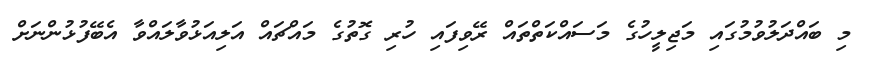
މި ބައްދަލުވުމުގައި މަޖިލީހުގެ މަސައްކަތްތައް ރޭވިފައި ހުރި ގޮތުގެ މައްޗައް އަލިއަޅުވާލައްވާ އެބޭފުޅުންނަށް